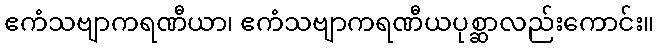
ဧကံသဗျာကရဏီယာ၊ ဧကံသဗျာကရဏီယပုစ္ဆာလည်းကောင်း။